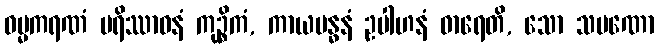
ဓမ္မကရဏံ ပရိဿာဝနံ ကုဉ္စိကံ, ကာယဗန္ဓနံ ဥပါဟနံ ဓာရေတိ, သော သမဏော